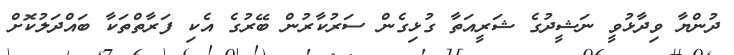
ދުންޔާ ވިދާޅުވީ ނަޝީދުގެ ޝަރީއަތާ ގުޅިގެން ސަރުކާރުން ބޭރުގެ އެކި ފަރާތްތަކާ ބައްދަލުކޮށް